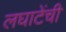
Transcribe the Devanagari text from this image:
लघाटेंची